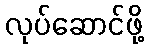
လုပ်ဆောင်ဖို့